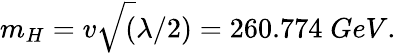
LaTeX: m_{H}=v\sqrt(\lambda/2)=260.774\; GeV.